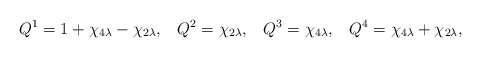
\begin{align*}Q^{1}=1+\chi _{4\lambda }-\chi _{2\lambda },\,\,\,\,\,Q^{2}=\chi _{2\lambda},\,\,\,\,\,Q^{3}=\chi _{4\lambda },\,\,\,\,\,Q^{4}=\chi _{4\lambda }+\chi_{2\lambda },\end{align*}